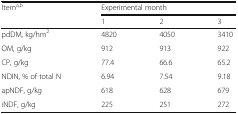
| <ROWSPAN=2> Itema,b | <COLSPAN=3> Experimental month |
 | 1 | 2 | 3 |
 | --- | --- | --- | --- |
 | pdDM, kg/hm2 | 4820 | 4050 | 3410 |
 | OM, g/kg | 912 | 913 | 922 |
 | CP, g/kg | 77.4 | 66.6 | 65.2 |
 | NDIN, % of total N | 6.94 | 7.54 | 9.18 |
 | apNDF, g/kg | 618 | 628 | 679 |
 | iNDF, g/kg | 225 | 251 | 272 |